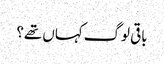
باقی لوگ کہاں تھے؟